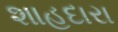
શાહદારા